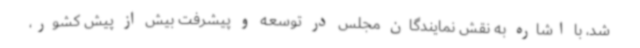
شد، با اشاره به نقش نمایندگان مجلس در توسعه و پیشرفت بیش از پیش کشور،